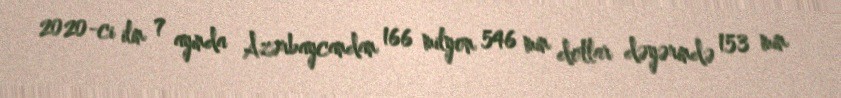
2020-ci ilin 7 ayında Azərbaycandan 166 milyon 546 min dollar dəyərində 153 min